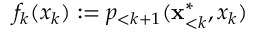
f _ { k } ( x _ { k } ) : = p _ { < k + 1 } ( \mathbf { x } _ { < k } ^ { * } , x _ { k } )